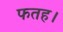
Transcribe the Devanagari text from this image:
फतह।